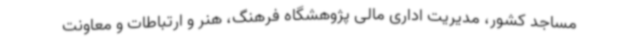
مساجد کشور، مدیریت اداری مالی پژوهشگاه فرهنگ، هنر و ارتباطات و معاونت